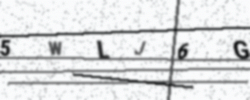
Text: 5WLJ6G